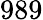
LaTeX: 989